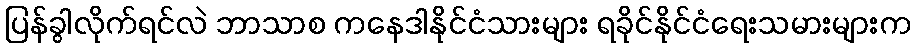
ပြန်ခွါလိုက်ရင်လဲ ဘာသာစ ကနေဒါနိုင်ငံသားများ ရခိုင်နိုင်ငံရေးသမားများက